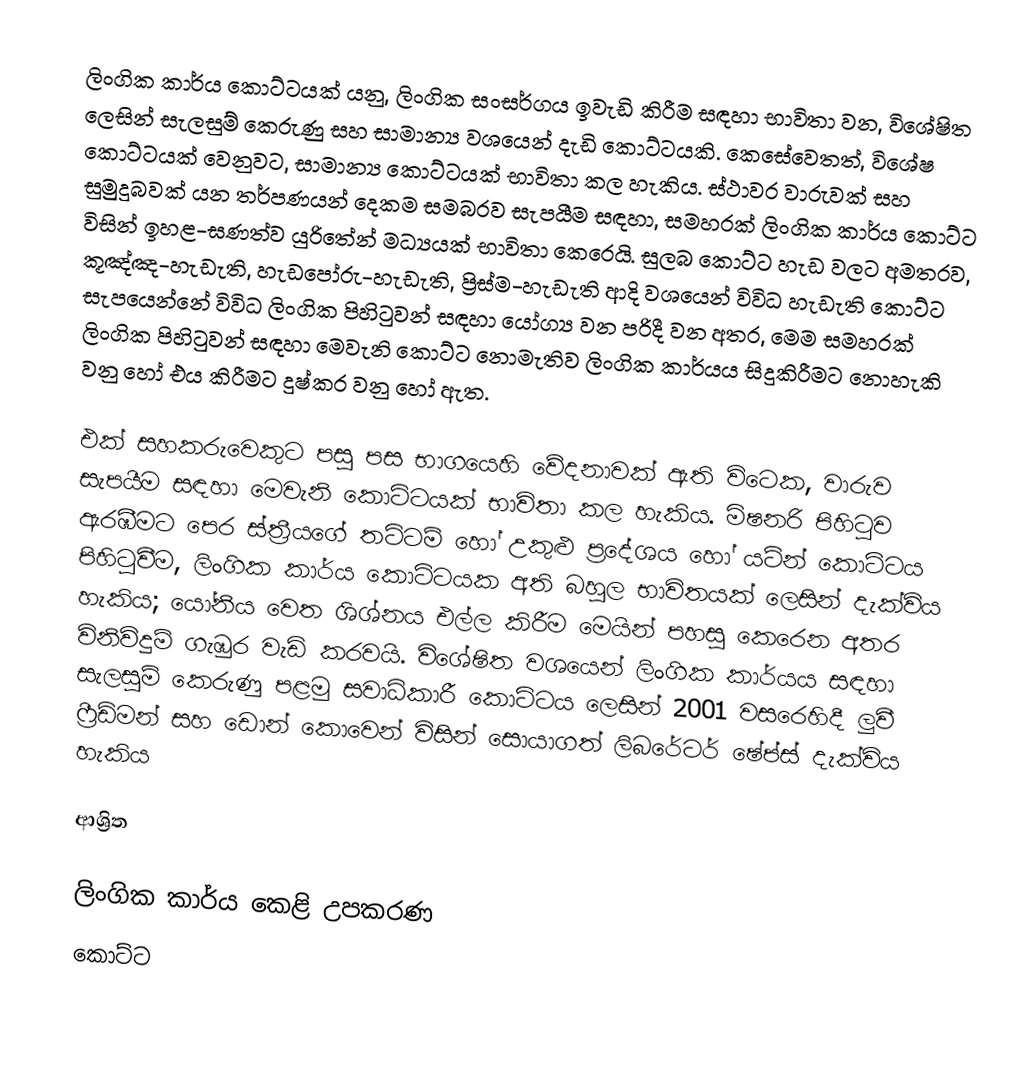
ලිංගික කාර්ය කොට්ටයක් යනු, ලිංගික සංසර්ගය ඉවැඩි  කිරීම සඳහා භාවිතා වන, විශේෂිත ලෙසින් සැලසුම් කෙරුණු සහ සාමාන්‍ය වශයෙන් දැඩි කොට්ටයකි.  කෙසේවෙතත්, විශේෂ කොට්ටයක් වෙනුවට, සාමාන්‍ය කොට්ටයක් භාවිතා කල හැකිය. ස්ථාවර වාරුවක් සහ සුමුදුබවක් යන තර්පණයන් දෙකම සමබරව සැපයීම සඳහා, සමහරක් ලිංගික කාර්ය කොට්ට විසින් ඉහළ-ඝණත්ව යුරිතේන් මධ්‍යයක් භාවිතා කෙරෙයි. සුලබ කොට්ට හැඩ වලට අමතරව, කූඤ්ඤ-හැඩැති, හැඩපෝරු-හැඩැති, ප්‍රිස්ම-හැඩැති ආදි වශයෙන් විවිධ හැඩැති කොට්ට සැපයෙන්නේ විවිධ ලිංගික පිහිටුවන් සඳහා යෝග්‍ය වන පරිදී වන අතර, මෙම සමහරක් ලිංගික පිහිටුවන් සඳහා මෙවැනි කොට්ට නොමැතිව ලිංගික කාර්යය සිදුකිරීමට නොහැකි වනු හෝ එය කිරීමට දුෂ්කර වනු හෝ ඇත.

එක් සහකරුවෙකුට පසු පස භාගයෙහි වේදනාවක් ඇති විටෙක, වාරුව සැපයීම සඳහා මෙවැනි කොට්ටයක්  භාවිතා කල හැකිය.  මිෂනරි පිහිටුව ඇරඹීමට පෙර ස්ත්‍රීයගේ තට්ටම් හෝ උකුළු ප්‍රදේශය හෝ යටින් කොට්ටය පිහිටුවීම, ලිංගික කාර්ය කොට්ටයක අති බහුල  භාවිතයක් ලෙසින් දැක්විය හැකිය; යෝනිය වෙත ශිශ්නය එල්ල කිරීම මෙයින් පහසු කෙරෙන අතර විනිවිදුම් ගැඹුර වැඩි කරවයි.  විශේෂිත වශයෙන් ලිංගික කාර්යය සඳහා සැලසුම් කෙරුණු පළමු සවාධිකාරී කොට්ටය ලෙසින් 2001 වසරෙහිදී ලුවී ෆ්‍රීඩ්මන් සහ ඩොන් කොවෙන් විසින් සොයාගත් ලිබරේටර් ෂේප්ස් දැක්විය හැකිය

ආශ්‍රිත

ලිංගික කාර්ය  කෙළි උපකරණ
කොට්ට